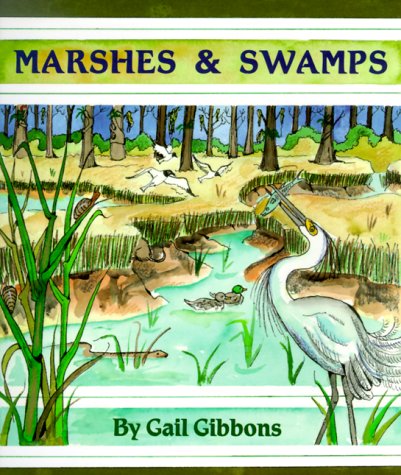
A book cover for Marshes & Swamps; Gail Gibbons; Children's Books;